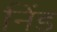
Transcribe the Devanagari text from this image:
निंड